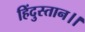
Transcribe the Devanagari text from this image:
हिंदुस्तान।।